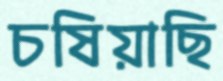
চষিয়াছি